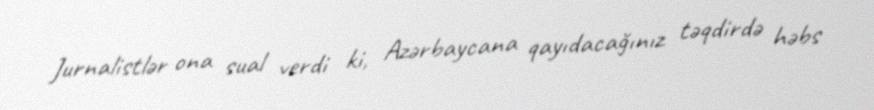
Jurnalistlər ona sual verdi ki, Azərbaycana qayıdacağınız təqdirdə həbs